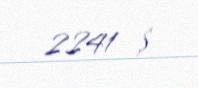
2241 $